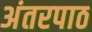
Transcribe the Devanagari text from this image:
अंतरपाठ